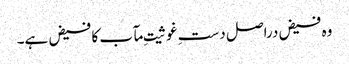
وہ فیض دراصل دستِ غوثیتِ مآب کا فیض ہے۔